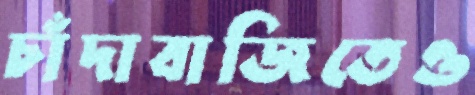
চাঁদাবাজিতেও